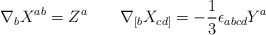
\begin{align*}\nabla_{b} X^{ab} = Z^{a} \qquad \nabla_{[b} X_{cd]} =-\frac{1}{3}\epsilon_{abcd}Y^a\end{align*}